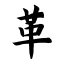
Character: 革